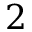
2